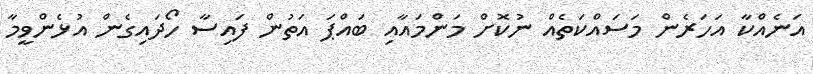
އަނެއްކާ އަހަރެން މަސައްކަތެއް ނުކޮށް މަންމައާއި ބައްޕަ އަތުން ފައިސާ ހޯދައިގެން އުޅެންވީމާ